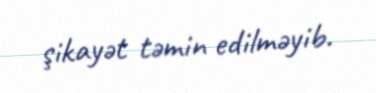
şikayət təmin edilməyib.